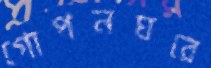
গোপনঘরে